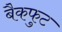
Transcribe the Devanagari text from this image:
बैकफुट